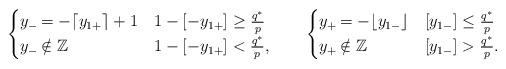
LaTeX: \begin{align*}\begin{cases}y_-\mkern-2mu= -\lceil y_{1+} \rceil + 1&1-[-y_{1+}] \ge \frac{q^*}{p} \\y_-\mkern-2mu\notin {\mathbb{Z}}&1-[-y_{1+}] < \frac{q^*}{p},\end{cases}\;\;\;\;\;\;\;\begin{cases}y_+\mkern-2mu= -\lfloor y_{1-} \rfloor&[y_{1-}] \le \frac{q^*}{p} \\y_+\mkern-2mu\notin {\mathbb{Z}}&[y_{1-}] > \frac{q^*}{p}.\end{cases}\end{align*}